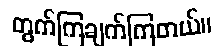
တွက်ကြချက်ကြတယ်။